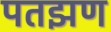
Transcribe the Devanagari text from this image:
पतझण